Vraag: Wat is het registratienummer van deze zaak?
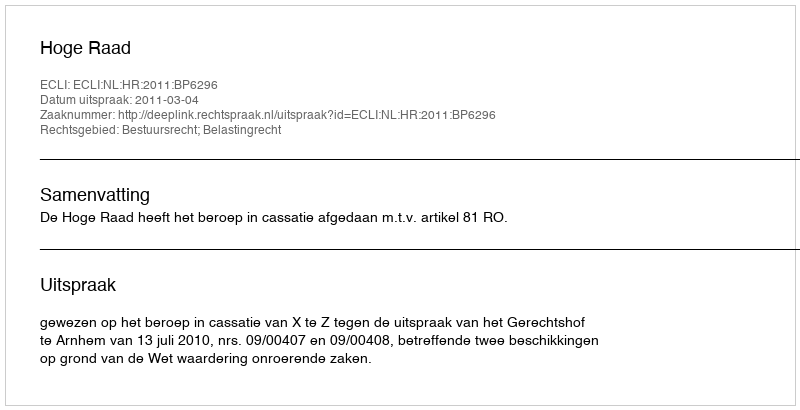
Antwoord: http://deeplink.rechtspraak.nl/uitspraak?id=ECLI:NL:HR:2011:BP6296